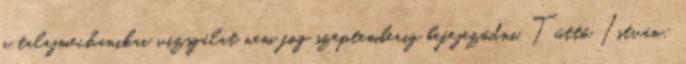
a talajmechanikai vizsgálat nem fog szeptemberig befejeződni. Tüttő István: